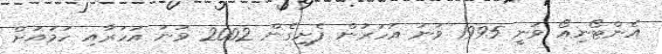
އެންޓޯނިއޯ ވަނީ 1995 ވަނަ އަހަރުން ފެށިގެން 2002 ވަނަ އަހަރާއި ހަމައަށް